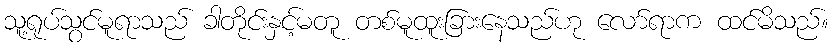
သူ့ရုပ်သွင်မူရာသည် ခါတိုင်းနှင့်မတူ တစ်မူထူးခြားနေသည်ဟု လော်ရာက ထင်မိသည်။